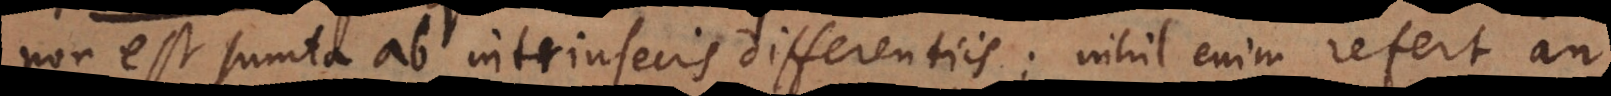
non est sumta ab intrinsecis differentiis: nihil enim refert an